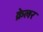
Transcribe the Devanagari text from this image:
क्रेलर